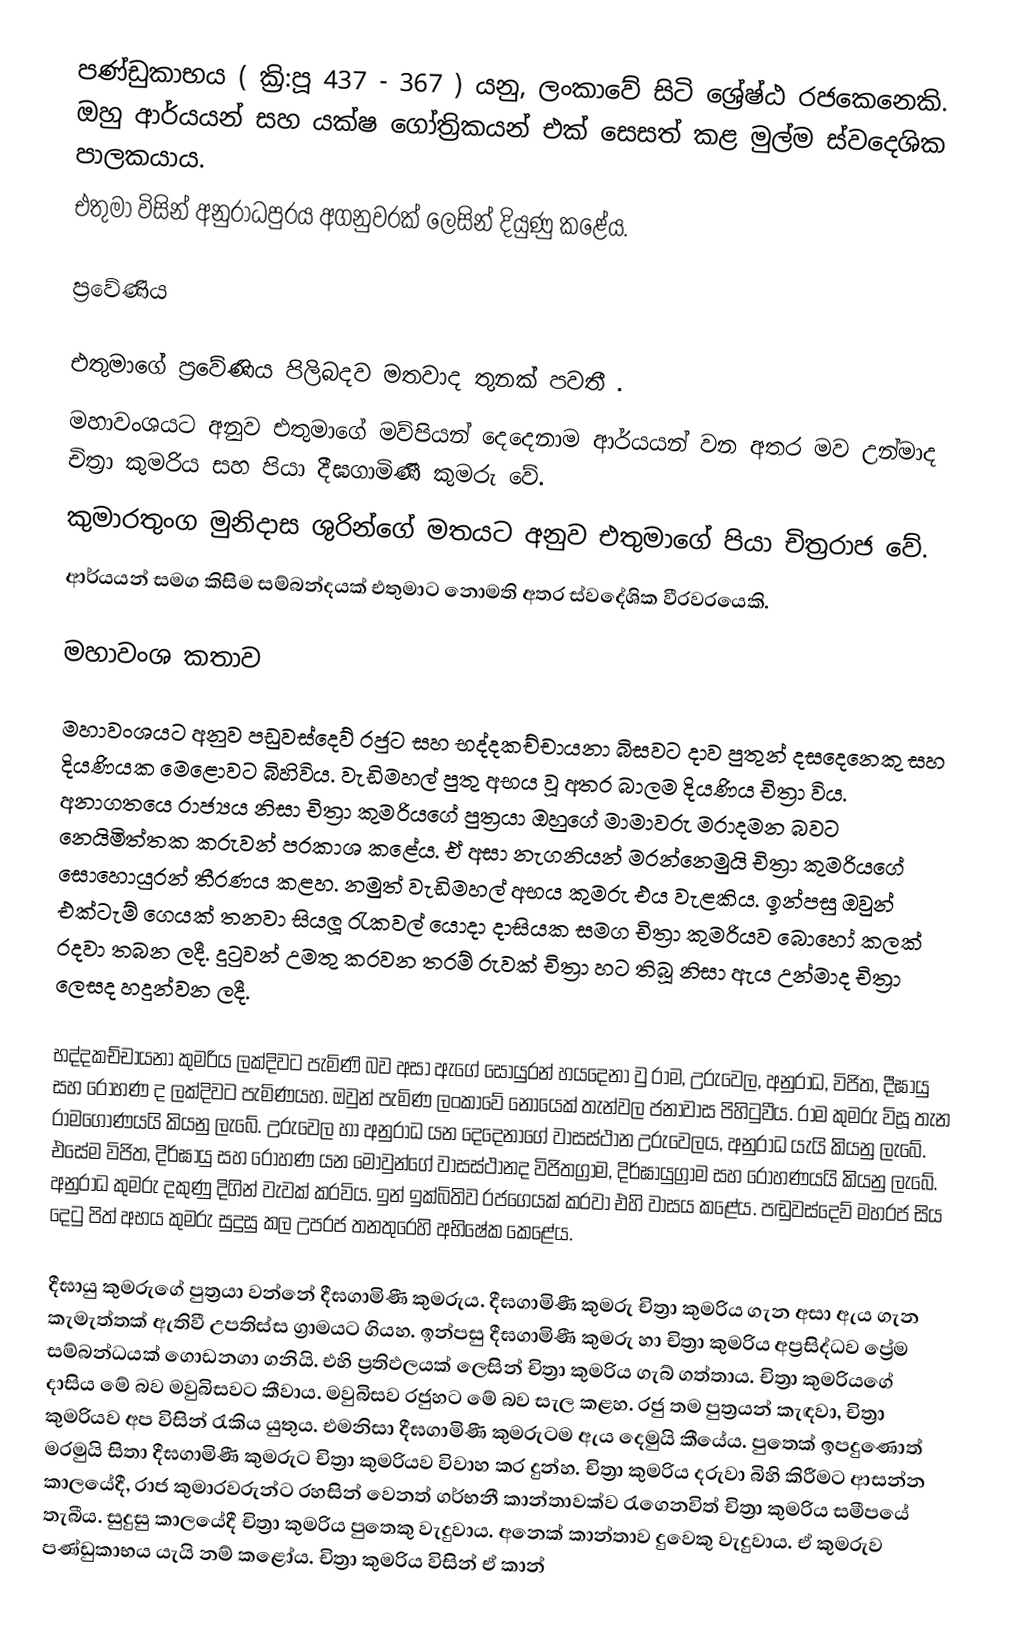
පණ්ඩුකාභය ( ක්‍රි:පූ 437  - 367 ) යනු, ලංකාවේ සිටි ශ්‍රේෂ්ඨ රජකෙනෙකි. ඔහු ආර්යයන් සහ යක්ෂ ගෝත්‍රිකයන් එක් සෙසත් කළ මුල්ම ස්වදෙශික පාලකයාය.
එතුමා විසින් අනුරාධපුරය අගනුවරක් ලෙසින් දියුණු කළේය.

ප්‍රවේණිය

එතුමාගේ ප්‍රවේණිය පිලිබදව මතවාද තුනක් පවතී .
 මහාවංශයට අනුව එතුමාගේ මව්පියන් දෙදෙනාම ආර්යයන් වන අතර මව උන්මාද චිත්‍රා කුමරිය සහ පියා දීඝගාමිණී කුමරු වේ.
 කුමාරතුංග මුනිදාස ශුරින්ගේ මතයට අනුව එතුමාගේ පියා චිත්‍රරාජ වේ.
 ආර්යයන් සමග කිසිම සම්බන්දයක් එතුමාට නොමති අතර ස්වදේශික වීරවරයෙකි.

මහාවංශ කතාව

මහාවංශයට අනුව පඩුවස්දෙව් රජුට සහ භද්දකච්චායනා බිසවට දාව පුතුන් දසදෙනෙකු සහ දියණියක මෙළොවට බිහිවිය. වැඩිමහල් පුතු අභය වූ අතර බාලම දියණිය චිත්‍රා විය. අනාගතයෙ රාජ්‍යය නිසා චිත්‍රා කුමරියගේ පුත්‍රයා ඔහුගේ මාමාවරු මරාදමන බවට නෙයිමිත්තක කරුවන් ප‍‍්‍රකාශ කළේය. ඒ අසා නැගනියන් මරන්නෙමුයි චිත්‍රා කුමරියගේ සොහොයුරන් තීරණය කළහ. නමුත් වැඩිමහල් අභය කුමරු එය වැළකිය. ඉන්පසු ඔවුන් එක්ටැම් ගෙයක් තනවා සියලූ රැකවල් යොදා දාසියක සමග චිත්‍රා කුමරියව බොහෝ කලක් රදවා තබන ලදී. දුටුවන් උමතු කරවන තරම් රුවක් චිත්‍රා හ‍ට තිබූ නිසා ඇය උන්මාද චිත්‍රා ලෙසද හදුන්වන ලදී.

භද්දකච්චායනා කුමරිය ලක්දිවට පැමිණි බව අසා ඇගේ සොයුරන් හයදෙනා වු රාම, උරුවෙල, අනුරාධ, විජිත, දීඝායු සහ රෝහණ ද ලක්දිවට පැමිණයහ. ඔවුන් පැමිණ ලංකාවේ නොයෙක් තැන්වල ජනාවාස පිහිටුවීය. රාම කුමරු විසූ තැන රාමගොණයයි කියනු ලැබේ. උරුවෙල හා අනුරාධ යන දෙදෙනාගේ වාසස්ථාන උරුවෙලය, අනුරාධ යැයි කියනු ලැබේ. එසේම විජිත, දිර්ඝායු සහ රොහණ යන මොවුන්ගේ වාසස්ථානද විජිතග්‍රාම, දිර්ඝායුග්‍රාම සහ රොහණයයි කියනු ලැබේ. අනුරාධ කුමරු දකුණු දිගින් වැවක් කරවිය. ඉන් ඉක්බිතිව රජගෙයක් කරවා එහි වාසය කළේය. පඬුවස්දෙව් මහරජ සිය දෙටු පිත් අභය කුමරු සුදුසු කල උපරජ තනතුරෙහි අභිෂේක කෙළේය.

දීඝායු කුමරුගේ පුත්‍රයා වන්නේ දීඝගාමිණී කුමරුය. දීඝගාමිණී කුමරු චිත්‍රා කුමරිය ගැන අසා ඇය ගැන කැමැත්තක් ඇතිවී උපතිස්ස ග්‍රාමයට ගියහ. ඉන්පසු දීඝගාමිණී කුමරු හා චිත්‍රා කුමරිය අප්‍රසිද්ධව ප්‍රේම සම්බන්ධයක් ගොඩනගා ගනියි. එහි ප්‍රතිඵලයක් ලෙසින් චිත්‍රා කුමරිය ගැබ් ගත්තාය. චිත්‍රා කුමරියගේ දාසිය මේ බව මවුබිසවට කීවාය. මවුබිසව රජුහට මේ බව සැල කළහ. රජු තම පුත්‍රයන් කැඳවා, චිත්‍රා කුමරියව අප විසින් රැකිය යුතුය. එමනිසා දීඝගාමිණී කුමරුටම ඇය දෙමුයි කීයේය. පුතෙක් ඉපදුණොත් මරමුයි සිතා දීඝගාමිණී කුමරුට චිත්‍රා කුමරියව විවාහ කර දුන්හ. චිත්‍රා කුමරිය දරුවා බිහි කිරීමට ආසන්න කාලයේදී,‍ රාජ කුමාරවරුන්ට රහසින් වෙනත් ගර්භනී කාන්තාවක්ව රැගෙනවිත් චිත්‍රා කුමරිය සමීපයේ තැබීය. සුදුසු කාලයේදී චිත්‍රා කුමරිය පුතෙකු වැදුවාය. අනෙක් කාන්තාව දුවෙකු වැදුවාය. ඒ කුමරුව පණ්ඩුකාභය යැයි නම් කළෝය. චිත්‍රා කුමරිය විසින් ඒ කාන්